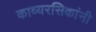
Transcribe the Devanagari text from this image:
काव्यरसिकांनी